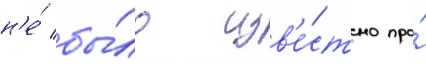
н'е́ бы́ло изв'е́стно про́